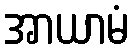
အာယာမံ